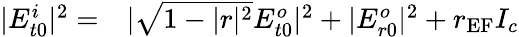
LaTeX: \begin{array}{rl}{|E_{t0}^{i}|^{2}=}&{{}|\sqrt{1-|r|^{2}}E_{t0}^{o}|^{2}+|E_{r0}^{o}|^{2}+r_{\textrm{EF}}I_{c}}\end{array}